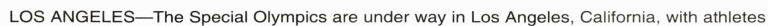
LOS ANGELES-The Special Olympics are under way in Los Angeles, California, with athletes